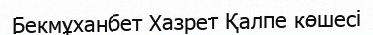
Бекмұханбет Хазрет Қалпе көшесі